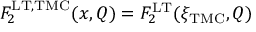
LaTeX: F _ { 2 } ^ { \mathrm { L T , T M C } } ( x , Q ) = F _ { 2 } ^ { \mathrm { L T } } ( \xi _ { \mathrm { T M C } } , Q )